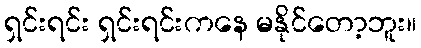
ရှင်းရင်း ရှင်းရင်းကနေ မနိုင်တော့ဘူး။